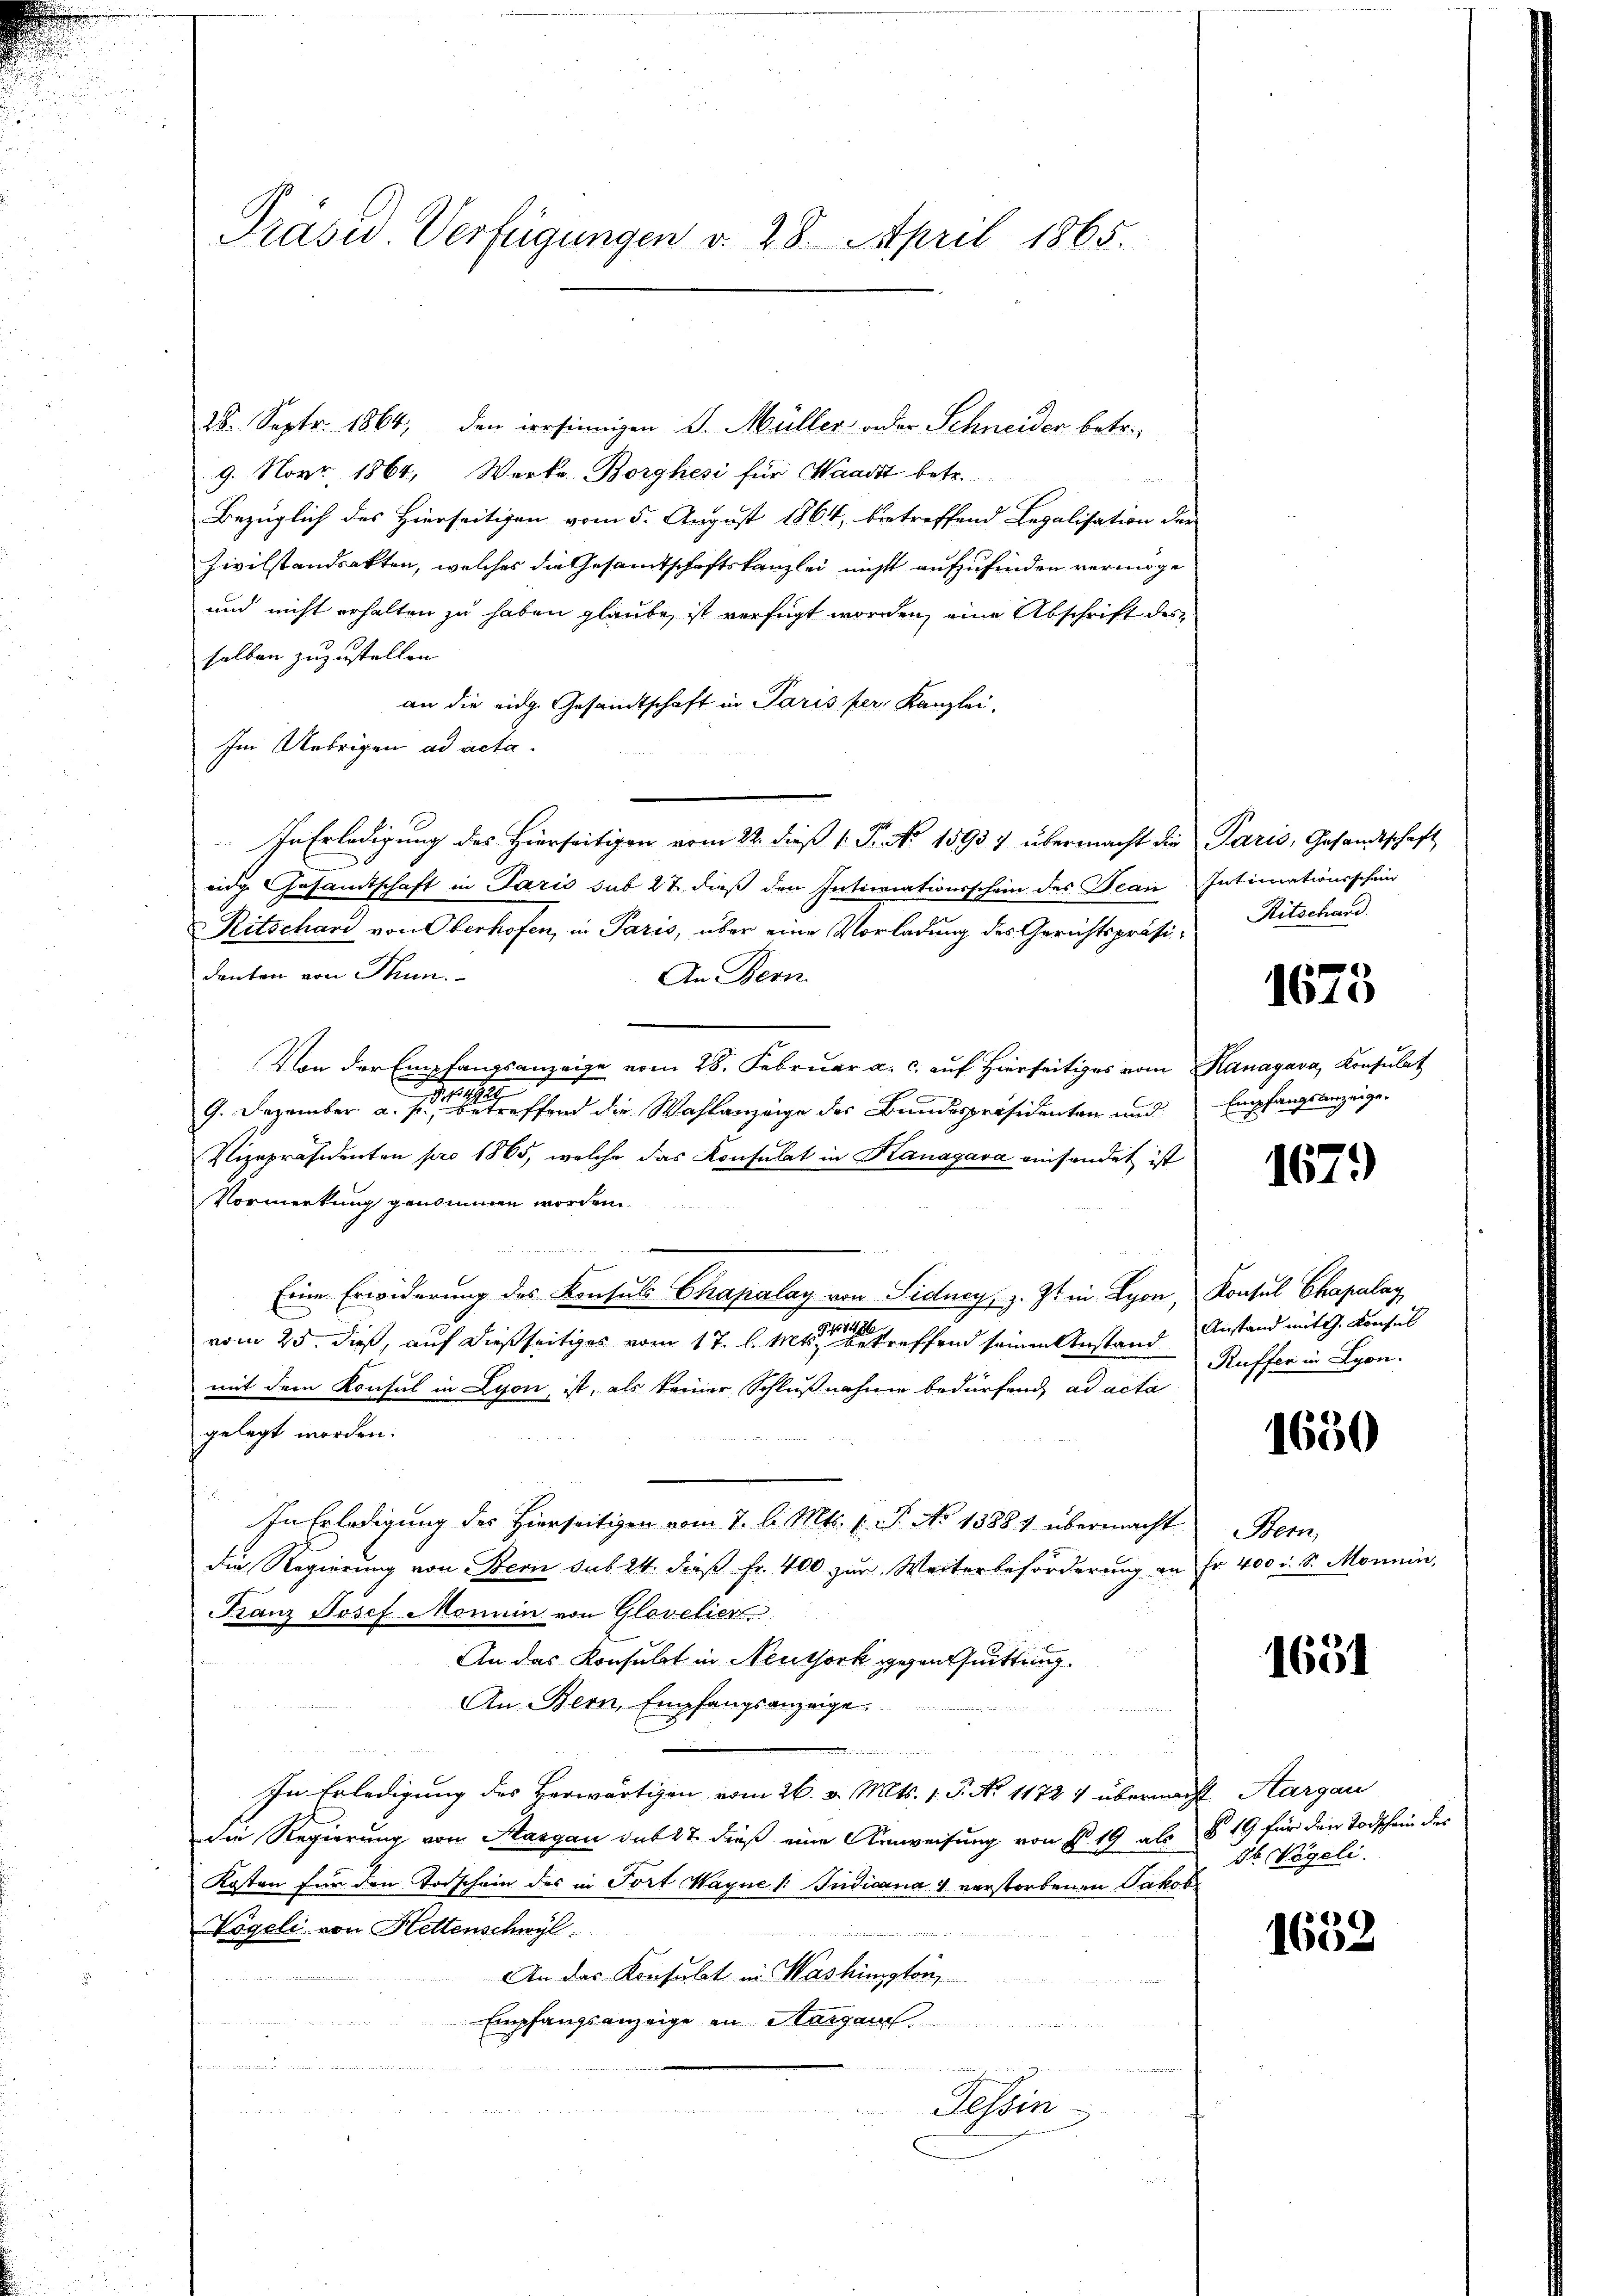
Präsid Verfügungen v. 28. April 1865.

28. Septr. 1864, den irrsinnigen J. Müller oder Schneider betr.
9. Nov. 1864, Werke Borghesi für Waadt betr.
Bezüglich des Hierseitigen vom 5. August 1864, betreffend Legalisation der
Zivilstandsakten, welches die Gesamtschaftskanzlei nicht aufzufinden vermöge
und nicht erhalten zu haben glaube, ist verfügt worden, eine Abschrift des
selben zuzustellen.
an die eidg. Gesandtschaft in Paris per, Kanzlei-
Im Uebrigen ad acta.
In Erledigung des Hierseitigen vom 22. dieß 1 Fr. No. 15937 übermacht die Paris, Gesandtschaft
eide Gesandtschaft in Paris sub 27. dieß den Intimationsschein des Jean Intimationsschein
Ritschard von Oberhofen, in Paris, über eine Vorladung des Gerichtspräsidenten von Thun.
An Bern
Von der Empfangsanzeige vom 28. Februar a. c. auf Hierseitiges vom Kanagava, Konsulat
9. Dezember a. s effend die Wahlanzeige des Bundespräsidenten und Empfangsanzeige
Vizepräsidenten pro 1865, welche das Konsulat in Kanagava einsendet ist
Vormerkung genommen worden
Eine Erwiderung des Konsuls Chapalay von Sidney, z. Z. in Lyon, Konsul Chapalag
m
vom 25. dieß, auf dießseitiges vom 17. d. Mts. betreffend seinen Anstand
mit dem Konsul in Lyon ist, als keiner Schlußnahme bedürfend ad acta
gelegt worden.
In Erledigung des Hierseitigen vom 7. d. Mts. l. J. No 13884 übermacht
die Regierung von Bern sub 24. dieß fr. 400 zur Weiterbeforderung an Fr. 400 r. S. Monnen,
Franz Josef Monnin von Glavelier
An das Konsulat in Neuthork gegenthuittung.
An Bern, Empfangsanzeige.
a
2fr. 125, 242.
n
In Erledigung des Herwärtigen vom 26. v. Mts. 1. P. No 11721 übermacht Aargau
Die Regierung von Aargau sub 27. dieß eine Umweisung von § 19 als § 19 für den Todschein des
Kosten für den Vorschein des in Fort Wagne 1 Judicana 4 verstorbenen Jakob
Vögeli von Hettenschwyl
An das Konsulat in Washington
Empfangsanzeige in Margau
a

Tessin

Ritschand

1675

167.)

Anstand mit G. Konsul
Ruffer in Lyon.

1650

Bem,

1651

db Vögeli.

e
160